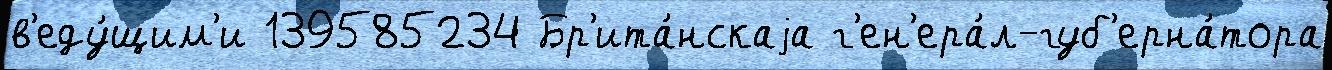
в'еду́щим'и 139585234 Бр'ита́нскаjа г'ен'ера́л-губ'ерна́тора